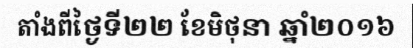
តាំងពីថ្ងៃទី២២ ខែមិថុនា ឆ្នាំ២០១៦